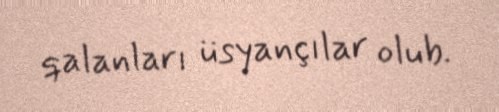
qalanları üsyançılar olub.